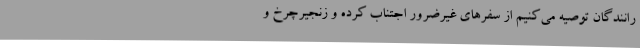
رانندگان توصیه می‌کنیم از سفرهای غیرضرور اجتناب کرده و زنجیرچرخ و